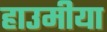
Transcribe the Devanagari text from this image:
हाउमीया